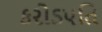
કરોડપતિ